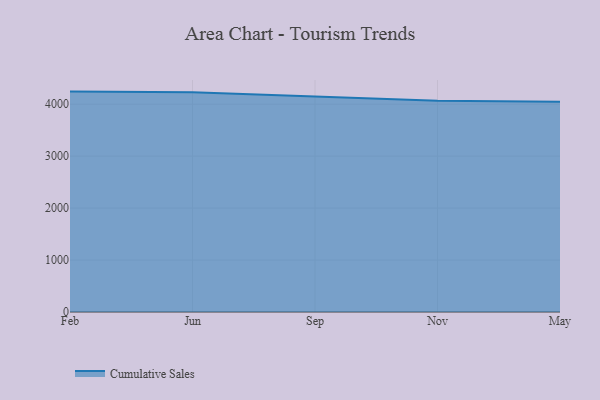
{"axis": {"x": "Month", "y": "Page Views"}, "legend": ["Cumulative Sales"], "data": [{"x": "Feb", "y": 4242.4, "type": "Cumulative Sales"}, {"x": "Jun", "y": 4230.3, "type": "Cumulative Sales"}, {"x": "Sep", "y": 4146.6, "type": "Cumulative Sales"}, {"x": "Nov", "y": 4065.7, "type": "Cumulative Sales"}, {"x": "May", "y": 4047.8, "type": "Cumulative Sales"}]}